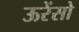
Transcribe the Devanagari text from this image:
ऊरेंसो